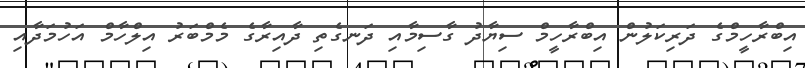
އިބްރާހީމްގެ ދަރިކަލުން އިބްރާހީމް ސިޔާދު ގާސިމާއި ދަނގެތި ދާއިރާގެ މެމްބަރު އިލްހާމް އަހުމަދާއި